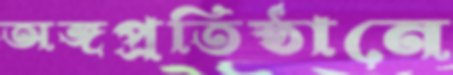
অঙ্গপ্রতিষ্ঠানে